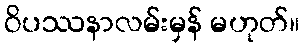
ဝိပဿနာလမ်းမှန် မဟုတ်။